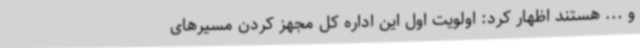
و ... هستند اظهار کرد: اولویت اول این اداره کل مجهز کردن مسیرهای